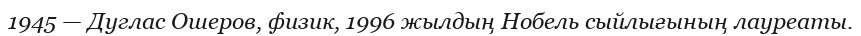
1945 — Дуглас Ошеров, физик, 1996 жылдың Нобель сыйлығының лауреаты.